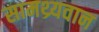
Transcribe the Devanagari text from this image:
सामथ्र्यवान